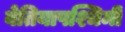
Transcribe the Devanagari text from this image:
बेतियापश्चिमी